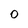
Character: 0